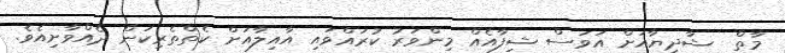
މާތް  ޝާދިޔާއަށް އަވަސް ޝިފާއެއް މިންވަރު ކުރައްވައި އާއިލާއަށް ކެތްތެރިކަން ދެއްވާށިއެވެ.